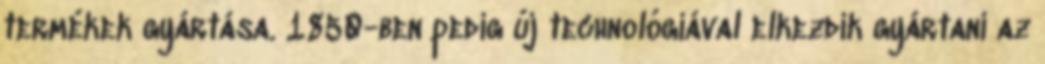
termékek gyártása. 1850-ben pedig új technológiával elkezdik gyártani az